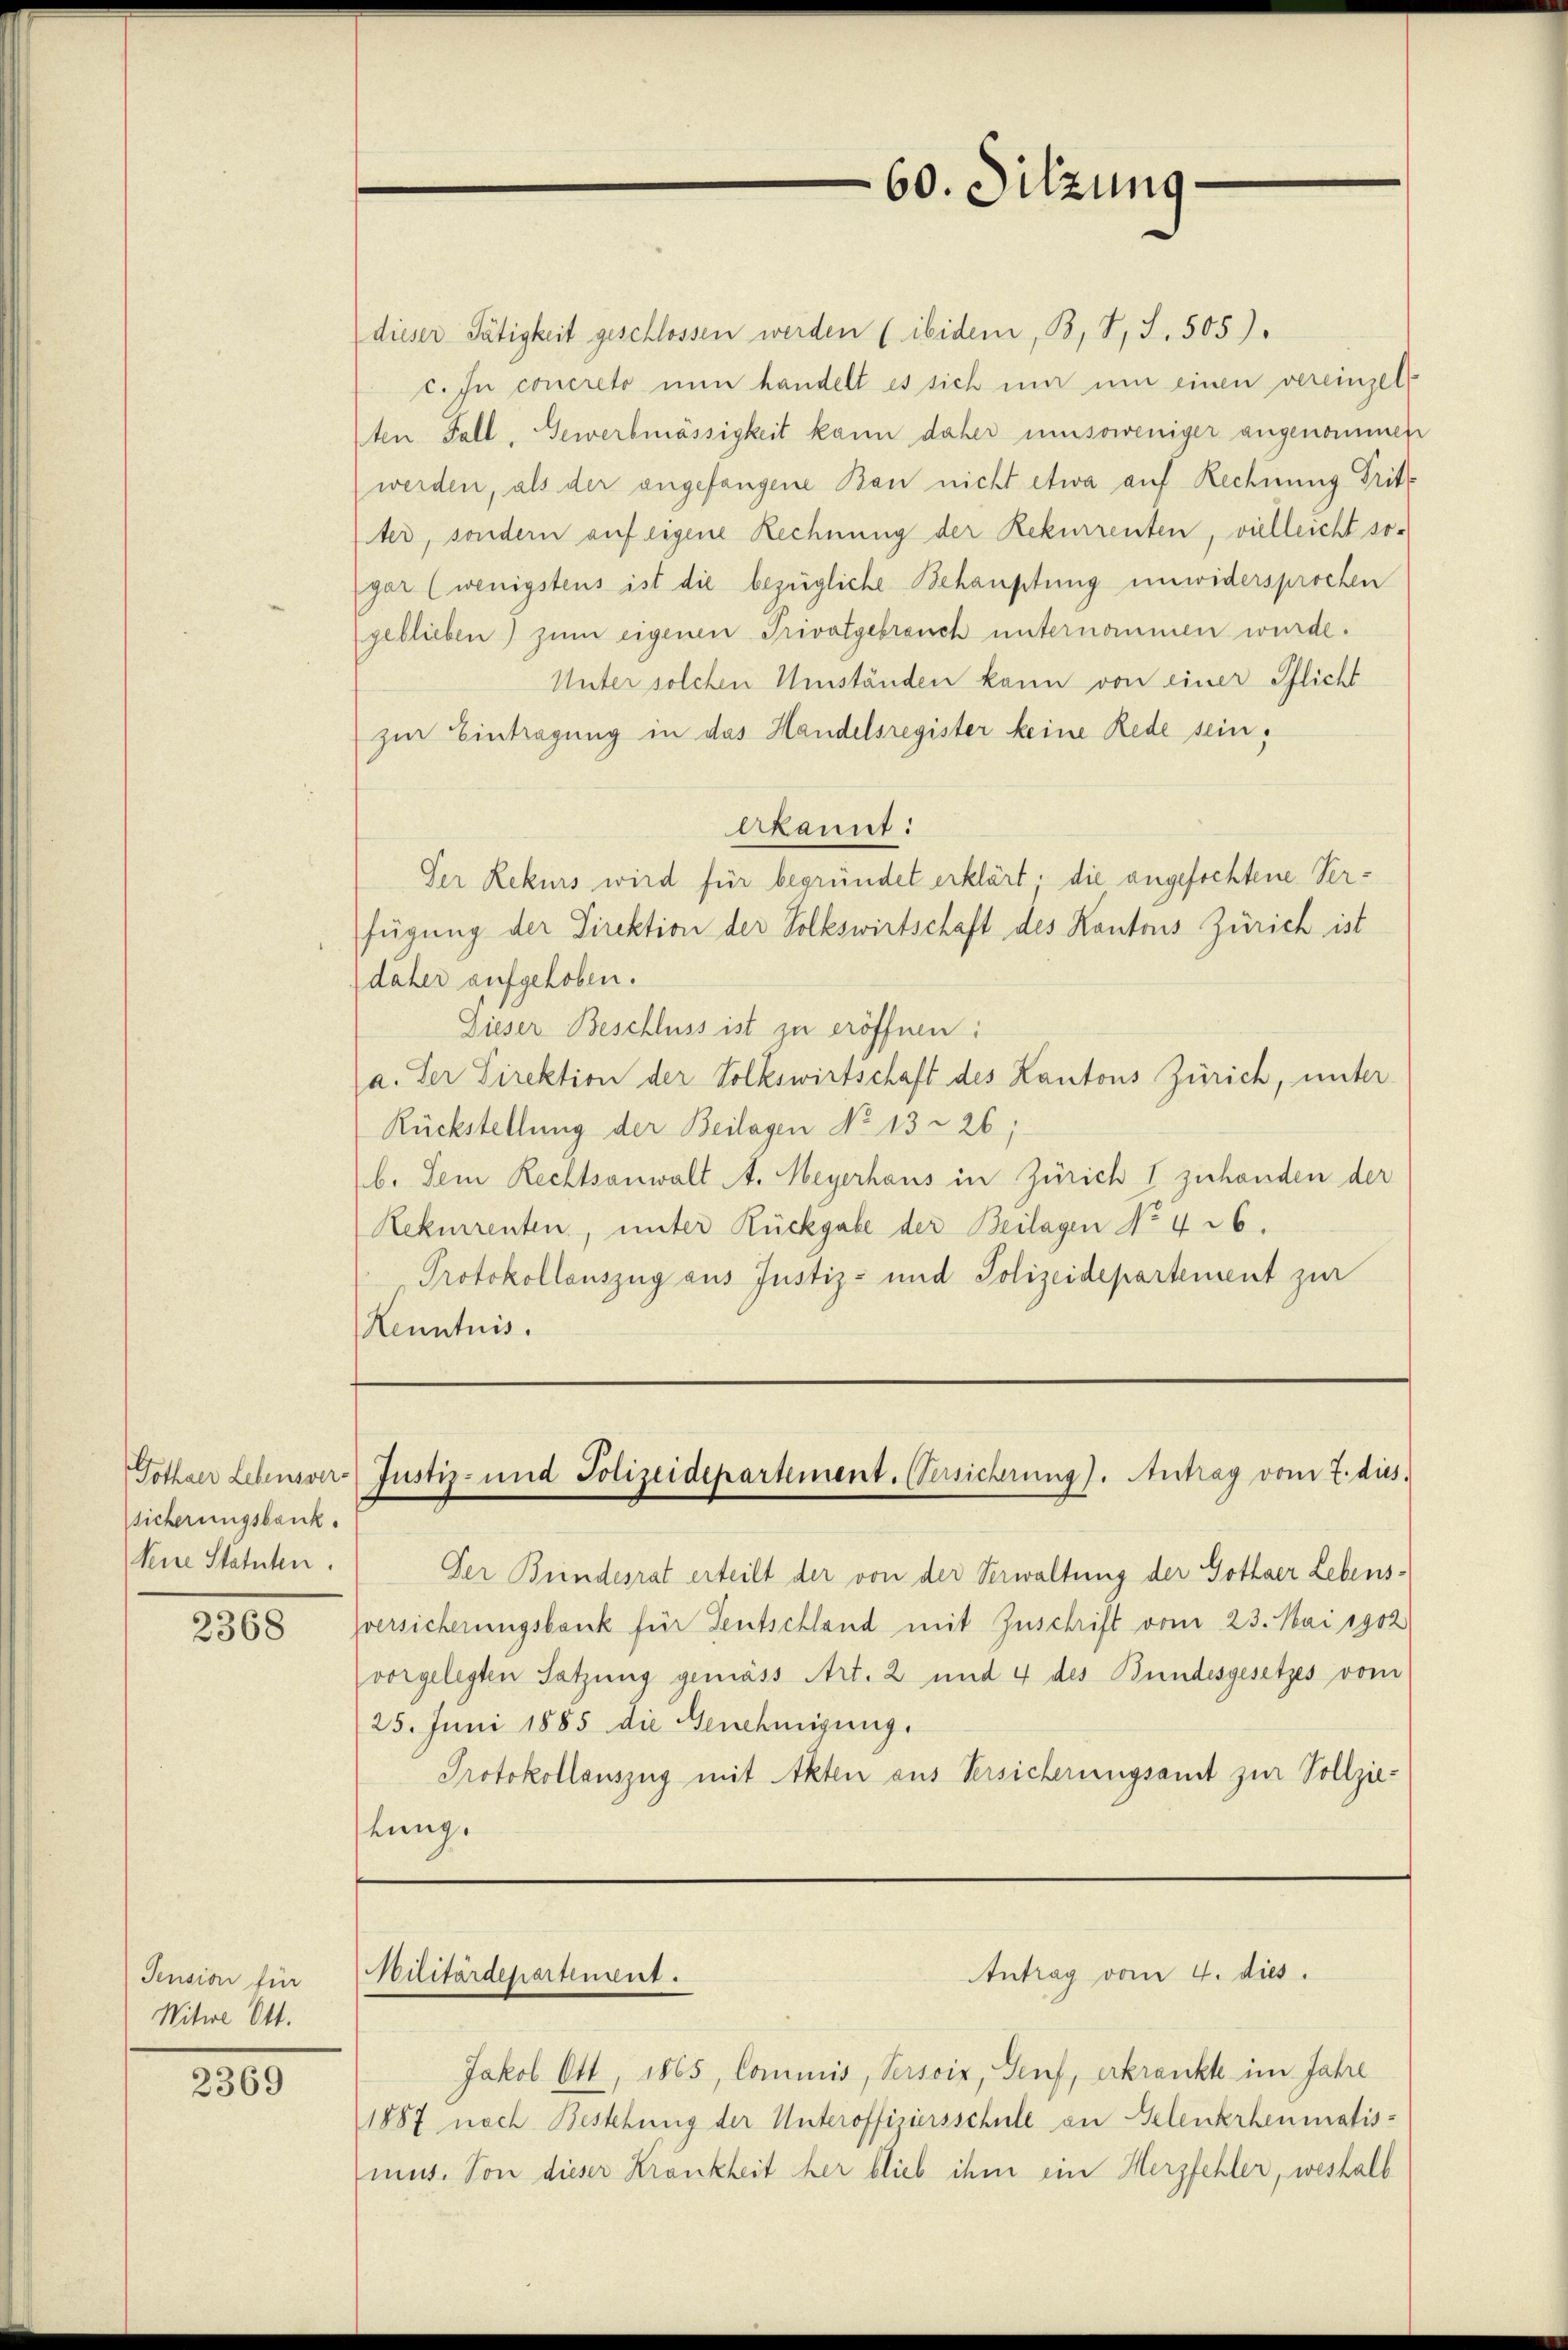
sicherungsbank.
keine Statuten.

2368

Pension für
Witwe Ott.

2369

Gothaer Lebensver- Justiz- und Polizeidepartement. (Versicherung). Antrag vom 7. dies

Der Bundesrat erteilt der von der Verwaltung der Gothaer Lebensversicherungsbank für Teutschland mit Zuschrift vom 23. Mai 1902
vorgelegten Satzung gemäss Art. 2 und 4 des Bundesgesetzes vom
25. Juni 1885 die Genehmigung.
Protokollauszug mit Akten aus Versicherungsamt zur Vollziestung.

Jakob Ott, 1865 Commis, Persoix, Senf, erkrankte im Jahre
1887 nach Bestehung der Unteroffiziersschule an Gelenkrheumatis-
mus. Von dieser Krankheit her blieb ihm ein Herzfehler, weshalb

Militärdepartement.

60. Sitzung

dieser Tätigkeit geschlossen werden (ibidem, B, I, S. 505).
c. In concreto nun handelt es sich nur um einen vereinzel
ten Fall, Gewerbmässigkeit kann daher umsoweniger angenommen
werden, als der angefangene Bau nicht etwa auf Rechnung Tritt
ter, sondern auf eigene Rechnung der Rekurrenten, vielleicht sogar (wenigstens ist die bezügliche Behauptung unwidersprochen
geblieben) zum eigenen Privatgebrauch unternommen wurde.
Unter solchen Umständen kann von einer Pflicht
zur Eintragung in das Handelsregister keine Rede sein,
Akannt:
Der Rekurs wird für begründet erklärt; die angefochtene Verfügung der Direktion der Volkswirtschaft des Kantons Zürich ist
daher aufgehoben.
Dieser Beschluss ist zu eröffnen:
a. Der Direktion der Volkswirtschaft des Kantons Zürich, unter
Rückstellung der Beilagen No 13. 226;
b. Dem Rechtsanwalt A. Meyerhaus in Zürich I zuhanden der
Rekurrenten, unter Rückgabe der Beilagen No 426.
Protokollauszug aus Justiz- und Polizeidepartement zur
Kenntnis.

Antrag vom 4. dies